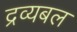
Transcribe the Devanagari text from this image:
द्रव्यबल